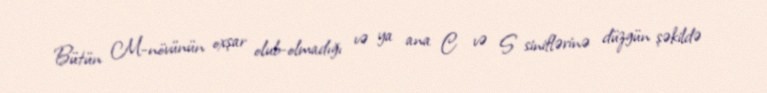
Bütün M-növünün oxşar olub-olmadığı və ya ana C və S siniflərinə düzgün şəkildə